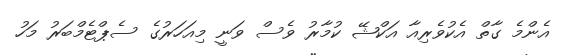
އެންމެ ގާތް އެކުވެރިއާ އަކްޝޭ ކުމާރު ވެސް ވަނީ މިއަހަރުގެ ސެޕްޓެމްބަރު މަހު